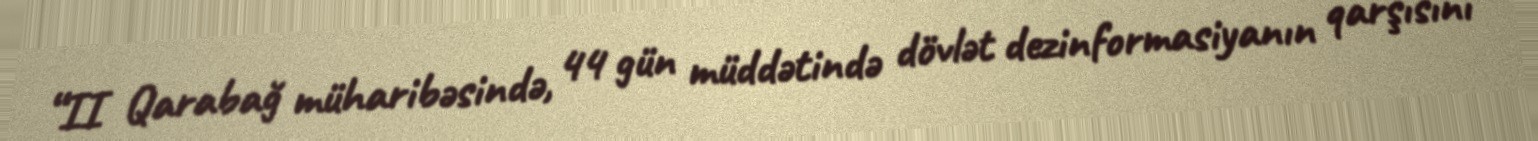
“II Qarabağ müharibəsində, 44 gün müddətində dövlət dezinformasiyanın qarşısını